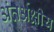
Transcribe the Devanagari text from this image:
अंतर्अक्षीय